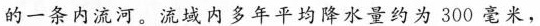
的一条内流河。流域内多年平均降水量约为300毫米，